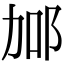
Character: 𨚧